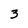
Character: 3